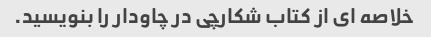
خلاصه ای از کتاب شکارچی در چاودار را بنویسید.